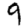
Digit: 9